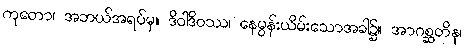
ကုတော၊ အဘယ်အရပ်မှ။ ဒိဝါဒိဝဿ၊ နေမွန်းယိမ်းသောအခါ၌။ အာဂစ္ဆတိနု၊